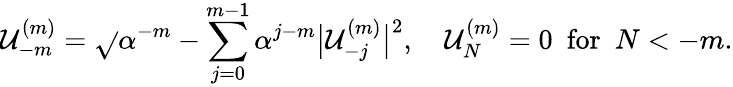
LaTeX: \mathcal{U}_{-m}^{(m)}=\sqrt{}{{\alpha^{-m}-\sum_{j=0}^{m-1}\alpha^{j-m}\big|\mathcal{U}_{-j}^{(m)}\big|^{2}}},\quad\mathcal{U}_{N}^{(m)}=0\ \ \textrm{{for}}\ \ N<-m.